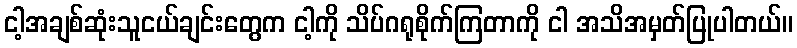
ငါ့အချစ်ဆုံးသူငယ်ချင်းတွေက ငါ့ကို သိပ်ဂရုစိုက်ကြတာကို ငါ အသိအမှတ်ပြုပါတယ်။